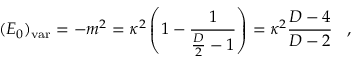
( E _ { 0 } ) _ { \mathrm { v a r } } = - m ^ { 2 } = \kappa ^ { 2 } \left( 1 - { \frac { 1 } { { \frac { D } { 2 } } - 1 } } \right) = \kappa ^ { 2 } { \frac { D - 4 } { D - 2 } } \; \; \; ,